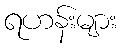
ရဟန်းများ